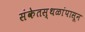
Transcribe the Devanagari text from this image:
संकेतस्थळांपासून